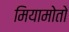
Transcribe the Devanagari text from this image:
मियामोतो